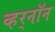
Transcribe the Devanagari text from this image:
व्हर्‌नॉन